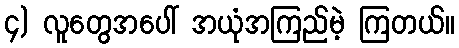
၄) လူတွေအပေါ် အယုံအကြည်မဲ့ ကြတယ်။